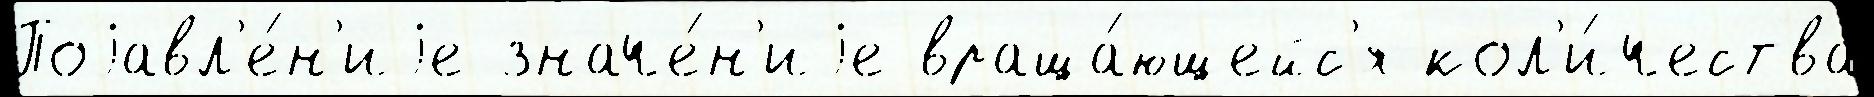
Поjавл'е́н'иjе значе́н'иjе враща́ющейс'я кол'и́чества